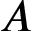
A